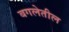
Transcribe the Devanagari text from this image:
बगलेतील